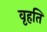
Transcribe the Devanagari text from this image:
वृहति